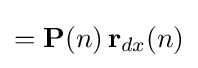
=\mathbf {P} (n)\,\mathbf {r} _{dx}(n)